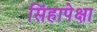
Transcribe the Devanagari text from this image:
सिंहापेक्षा